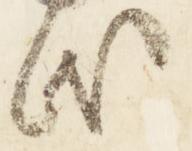
氏